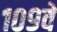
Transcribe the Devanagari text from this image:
१०९वें